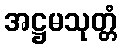
အဋ္ဌမသုတ္တံ